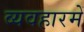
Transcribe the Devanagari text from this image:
व्यवहारमें